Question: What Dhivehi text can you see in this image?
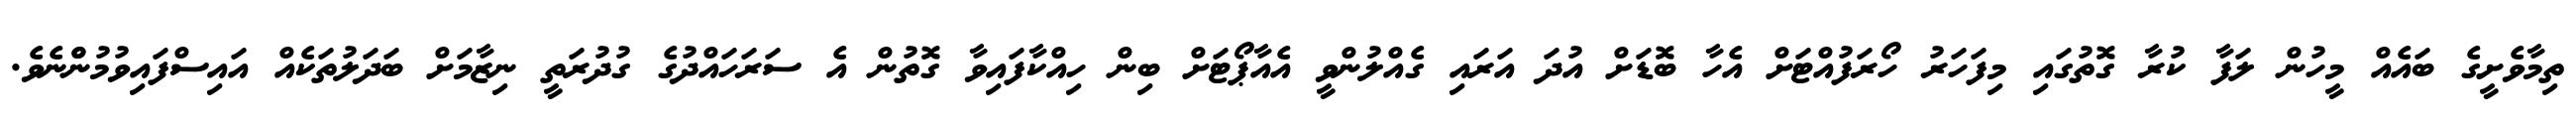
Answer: ތިމާވެށީގެ ބައެއް މީހުން ލަފާ ކުރާ ގޮތުގައި މިފަހަރު ހޯރަފުއްޓަށް އެހާ ބޮޑަށް އުދަ އަރައި ގެއްލުންވީ އެއާޕޯޓަށް ބިން ހިއްކާފައިވާ ގޮތުން އެ ސަރަހައްދުގެ ގުދުރަތީ ނިޒާމަށް ބަދަލުތަކެއް އައިސްފައިވުމުންްނެވެ.